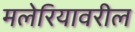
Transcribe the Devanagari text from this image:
मलेरियावरील